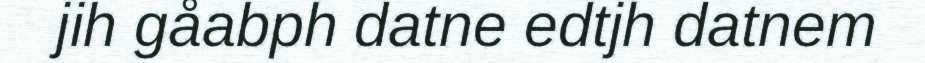
jih gåabph datne edtjh datnem